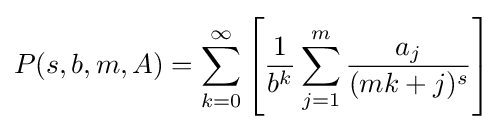
P(s,b,m,A)=\sum _{k=0}^{\infty }\left[{\frac {1}{b^{k}}}\sum _{j=1}^{m}{\frac {a_{j}}{(mk+j)^{s}}}\right]